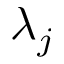
\lambda _ { j }